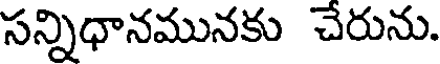
సన్నిధానమునకు చేరును.